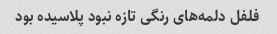
فلفل دلمه‌های رنگی تازه نبود پلاسیده بود